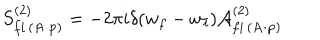
LaTeX: S _ { f i \, ( { \bf A \cdot p } ) } ^ { ( 2 ) } = - 2 \pi i \delta ( w _ { f } - w _ { i } ) { \cal A } _ { f i \, ( { \bf A \cdot p } ) } ^ { ( 2 ) }